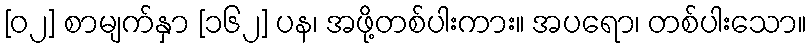
[၀၂] စာမျက်နှာ [၁၆၂] ပန၊ အဖို့တစ်ပါးကား။ အပရော၊ တစ်ပါးသော။